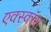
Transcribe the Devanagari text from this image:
एक्स्कॉस